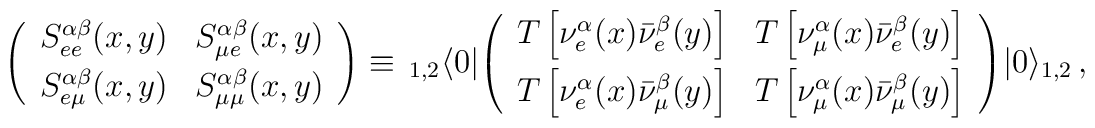
\left(\begin{array}{cc}  S_{ee}^{\alpha\beta}(x,y)&S_{\mu e}^{\alpha\beta}(x,y)  \vspace{0.1cm} \\  S_{e \mu}^{\alpha\beta}(x,y)&S_{\mu \mu}^{\alpha\beta}(x,y)  \end{array} \right)\equiv   \,_{1,2}\langle 0 |  \!\left(\begin{array}{cc}  T \left[\nu^{\alpha}_{e}(x) \bar{\nu}^{\beta}_{e}(y)\right]&  T \left[\nu^{\alpha}_{\mu}(x) \bar{\nu}^{\beta}_{e}(y)\right]  \vspace{0.1cm} \\  T \left[\nu^{\alpha}_{e}(x) \bar{\nu}^{\beta}_{\mu}(y)\right]&  T \left[\nu^{\alpha}_{\mu}(x) \bar{\nu}^{\beta}_{\mu}(y)\right]  \end{array} \right)\!|0 \rangle_{1,2}  \, ,